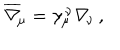
\overline { { \nabla } } _ { \! \mu } = \gamma _ { \mu } ^ { \, \nu } \nabla _ { \! \nu } \, ,